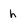
Character: h